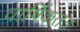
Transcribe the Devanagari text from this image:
वार्षिकतंत्र